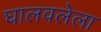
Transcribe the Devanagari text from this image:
घालवलेला